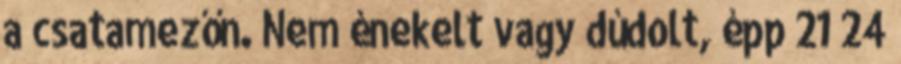
a csatamezőn. Nem énekelt vagy dúdolt, épp 21 24